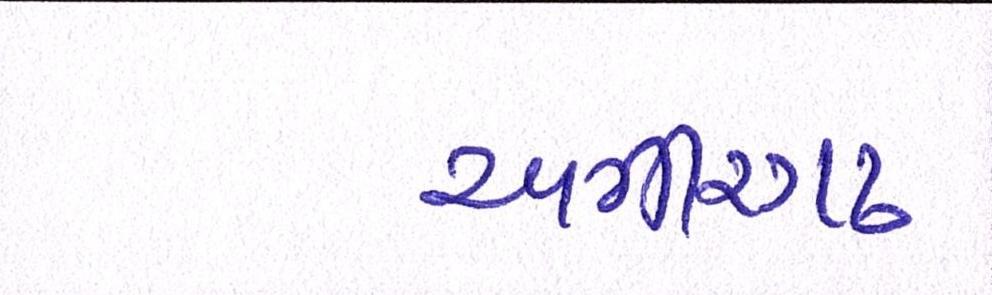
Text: અમીરગઢ